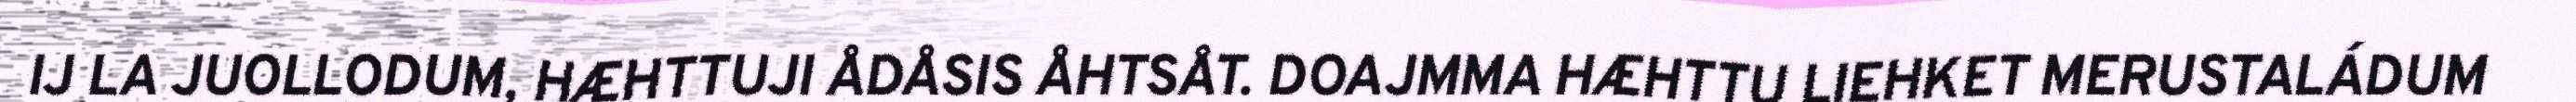
IJ LA JUOLLODUM, HÆHTTUJI ÅDÅSIS ÅHTSÅT. DOAJMMA HÆHTTU LIEHKET MERUSTALÁDUM